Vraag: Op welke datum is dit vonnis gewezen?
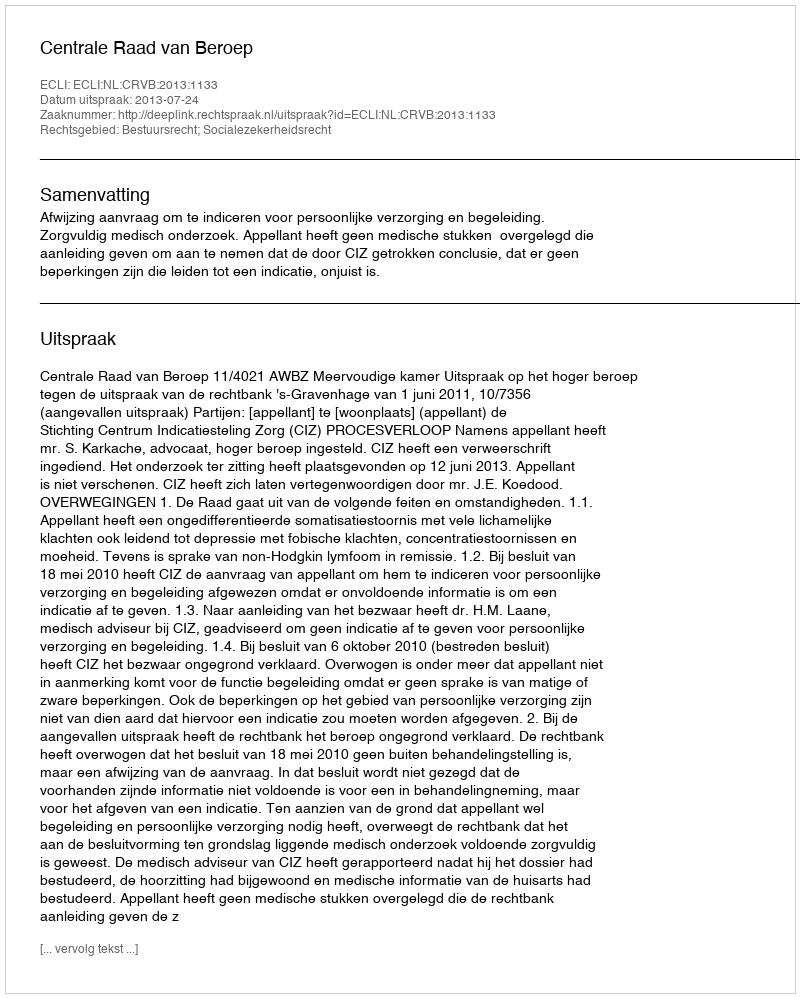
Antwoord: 2013-07-24